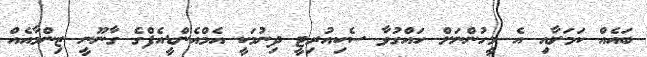
ބައެއް ކަމަށާއި އެ މީހުންނަށް ހައްގުވާ ސެކިއުރިޓީ ދިނުމަކީ އެމްއެންޑީއެފްގެ ގާނޫނީ ޒިންމާއެއް